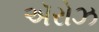
ઍરોઝ